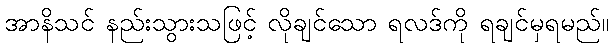
အာနိသင် နည်းသွားသဖြင့် လိုချင်သော ရလဒ်ကို ရချင်မှရမည်။